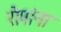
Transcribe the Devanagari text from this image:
रोपांना